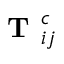
\textbf { T } _ { i j } ^ { c }